Medical and sanitary report of the native army of Bengal for the year
Year: 1876
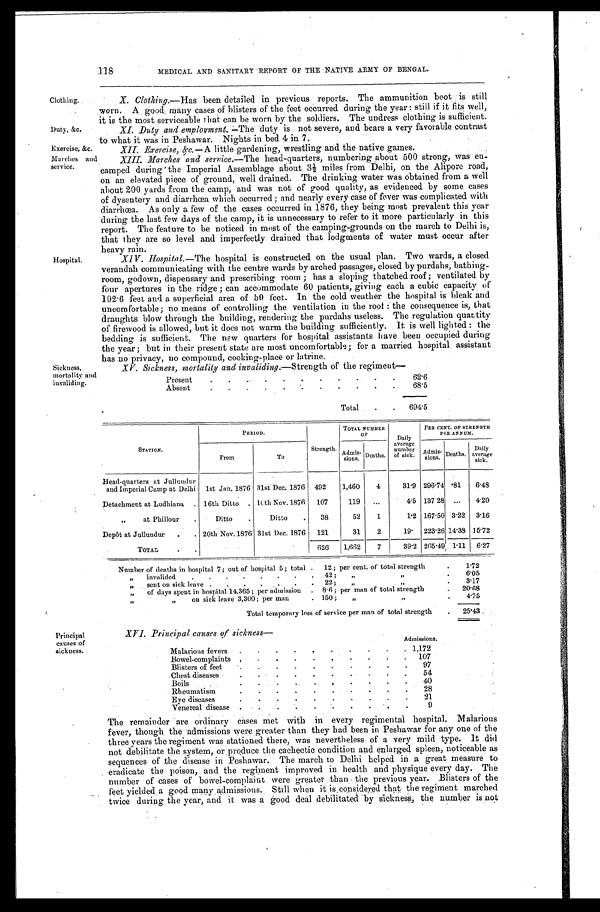
Clothing.
Duty, &c.
Exercise, &c.
Marches and
service.
Hospital.
Sickness,
mortality and
invaliding.
118
MEDICAL AND SANITARY REPORT OF THE NATIVE ARMY OF BENGAL.
X. Clothing.—Has been detailed in previous reports. The ammunition boot is still
worn. A good many cases of blisters of the feet occurred during the year: still if it fits well,
it is the most serviceable that can be worn by the soldiers. The undress clothing is sufficient.
XI. Duty and employment.—The duty is not severe, and bears a very favorable contrast
to what it was in Peshawar. Nights in bed 4 in 7.
XII. Exercise, &c.—A little gardening, wrestling and the native games.
XIII. Marches and service. —The head-quarters, numbering about 500 strong, was en-
camped during the Imperial Assemblage about 3½ miles from Delhi, on the Alipore road,
on an elevated piece of ground, well drained. The drinking water was obtained from a well
about 200 yards from the camp, and was not of good quality, as evidenced by some cases
of dysentery and diarrhœa which occurred; and nearly every case of fever was complicated with
diarrhœa. As only a few of the cases occurred in 1876, they being most prevalent this year
during the last few days of the camp, it is unnecessary to refer to it more particularly in this
report. The feature to be noticed in most of the camping-grounds on the march to Delhi is,
that they are so level and imperfectly drained that lodgments of water must occur after
heavy rain.
XIV. Hospital. —The hospital is constructed on the usual plan. Two wards, a closed
verandah communicating with the centre wards by arched passages, closed by purdahs, bathing-
room, godown, dispensary and prescribing room; has a sloping thatched roof; ventilated by
four apertures in the ridge; can accommodate 60 patients, giving each a cubic capacity of
102.6 feet and a superficial area of 50 feet. In the cold weather the hospital is bleak and
uncomfortable; no means of controlling the ventilation in the roof: the consequence is, that
draughts blow through the building, rendering the purdahs useless. The regulation quantity
of firewood is allowed, but it does not warm the building sufficiently. It is well lighted: the
bedding is sufficient. The new quarters for hospital assistants have been occupied during
the year; but in their present state are most uncomfortable; for a married hospital assistant
has no privacy, no compound, cooking-place or latrine.
XV. Sickness, mortality and invaliding. —Strength of the regiment—
Present
62.6
Absent
68.5
Total
694.5
Principal
causes of
sickness.
STATION.
P E R I O D .
Strength.
TOTAL NUMBER
OF
Daily
average
number of sick.
PER CENT. OF STRENGTH
PER ANNUM.
From
To
A d m i s - s i o n s . Deaths.
Admi s-si ons. Deaths. Daily
average sick.
Head-quarters at Jullundur
and Imperial Camp at Delhi 1st Jan. 1876 31st Dec. 1876 492 1,460 4
31.9 296.74 .81 6.48
Detachment at Ludhiana
16th Ditto 16th Nov. 1876 107
119
4.5 137.28
4.20
" at Phillour
Ditto
Ditto
38
52 1
1.2 167.50 3.22 3.16
Depôt at Jullundur 20th Nov. 1876 31st Dec. 1876 121
31 2
19. 223.26 14.38 15.72
TOTAL
626 1,662 7
39.2 265.49 1.11 6.27
Number of deaths in hospital 7; out of hospital 5; total 12; per cent. of total strength
1.72
" invalided 42; " "
6.05
" sent on sick leave 22; " "
3.17
" of days spent in hospital 14,365; per admission 8.6; per man of total strength
20.68
"
on sick leave 3,300; per man 150; " "
4.75
Total temporary loss of service per man of total strength
25.43
XVI . P r i n c i p a l c a u s e s o f s i c k n e s s —
Admissions.
Malarious fevers
1,172
Bowel-complaints
107
Blisters of feet
97
Chest diseases
54
B o i l s
40
Rheumatism
28
Eye diseases
2 1
Venereal disease
9
The remainder are ordinary cases met with in every regimental hospital. Malarious
fever, though the admissions were greater than they had been in Peshawar for any one of the
three years the regiment was stationed there, was nevertheless of a very mild type. It did
not debilitate the system, or produce the cachectic condition and enlarged spleen, noticeable as
sequences of the disease in Peshawar. The march to Delhi helped in a great measure to
eradicate the poison, and the regiment improved in health and physique every day. The
number of cases of bowel-complaint were greater than the previous year. Blisters of the
feet yielded a good many admissions. Still when it is considered that the regiment marched
twice during the year, and it was a good deal debilitated by sickness, the number is not